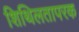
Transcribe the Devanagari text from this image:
शिथिलतापरक